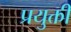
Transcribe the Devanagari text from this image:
प्रयुक्ती